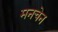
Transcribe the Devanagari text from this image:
मनचेन